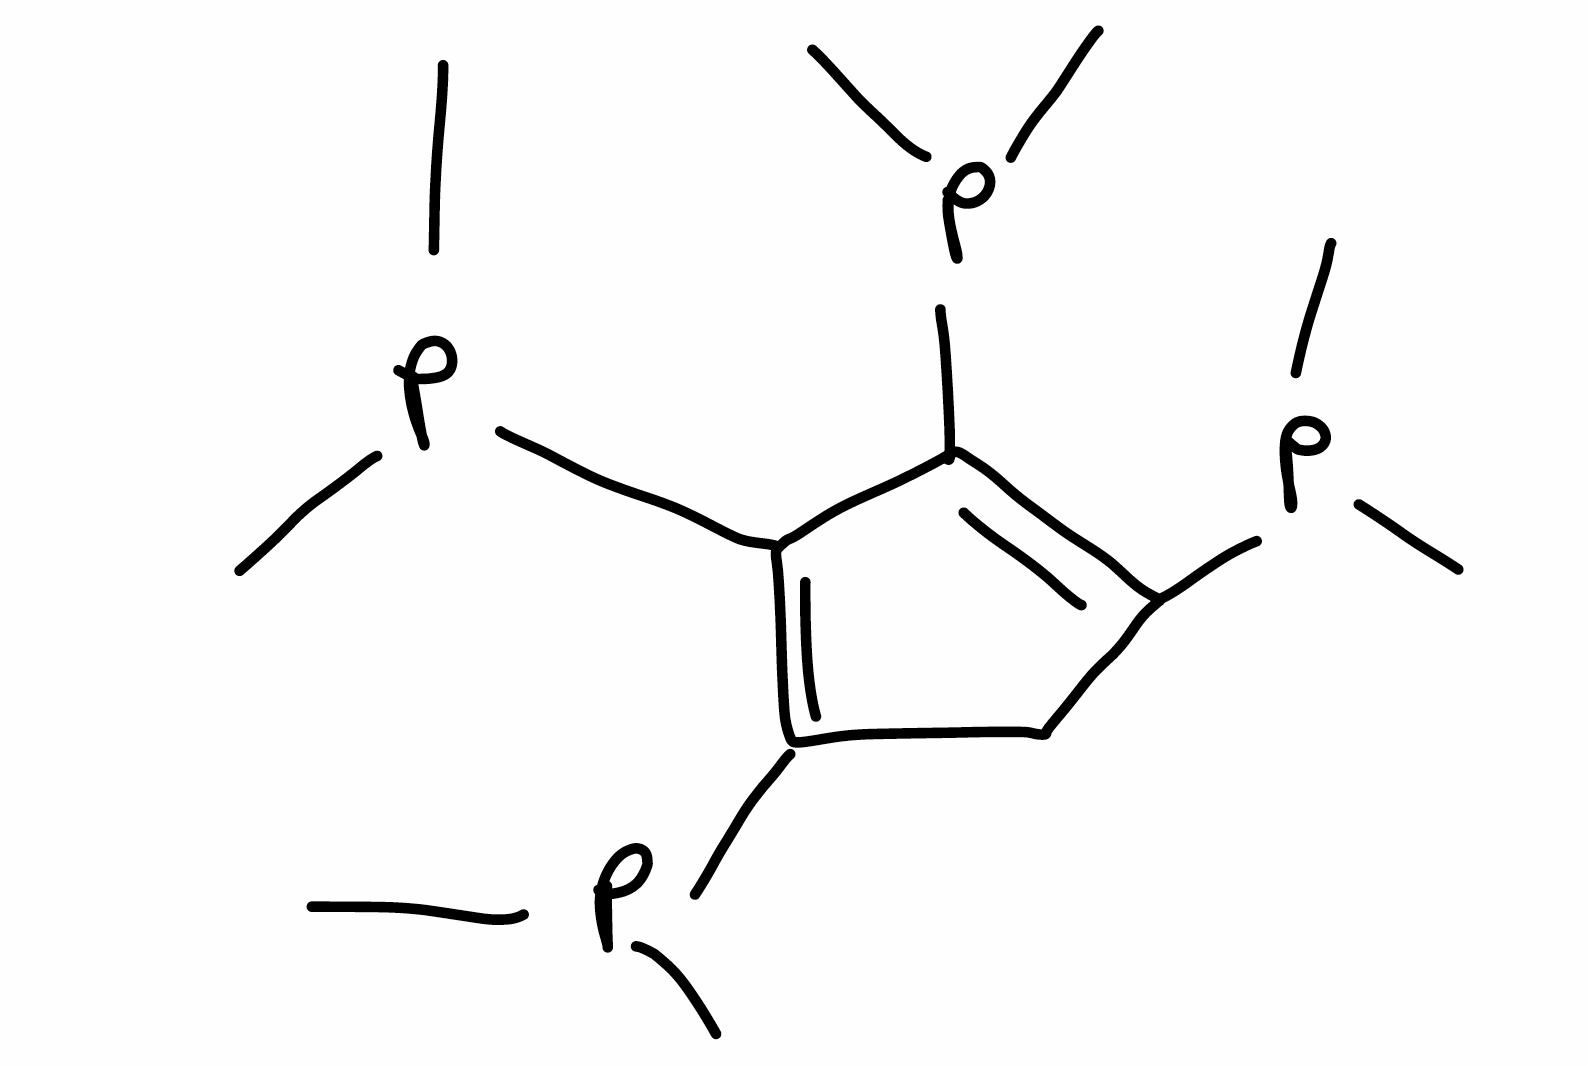
Simplified molecular-input line-entry system (SMILES) notation of the given molecule:
CP(C)C1=C(C(=C(C1)P(C)C)P(C)C)P(C)C